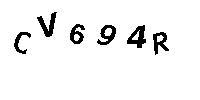
CV694R